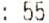
: 55